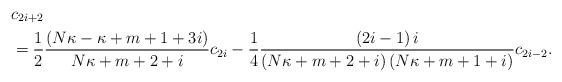
LaTeX: \begin{align*}& c_{2i+2}\\& =\frac{1}{2}\frac{\left( N\kappa-\kappa+m+1+3i\right) }{N\kappa+m+2+i}c_{2i}-\frac{1}{4}\frac{\left( 2i-1\right) i}{\left( N\kappa+m+2+i\right) \left( N\kappa+m+1+i\right) }c_{2i-2}.\end{align*}